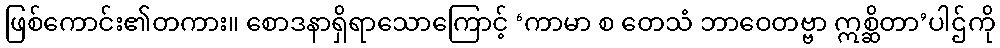
ဖြစ်ကောင်း၏တကား။ စောဒနာရှိရာသောကြောင့် ‘ကာမာ စ တေသံ ဘာဝေတဗ္ဗာ ဣစ္ဆိတာ’ပါဌ်ကို